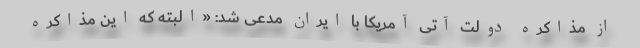
از مذاکره دولت آتی آمریکا با ایران مدعی شد: «البته که این مذاکره